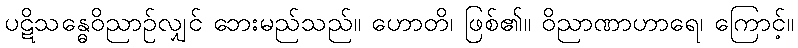
ပဋိသန္ဓေဝိညာဉ်လျှင် ဘေးမည်သည်။ ဟောတိ၊ ဖြစ်၏။ ဝိညာဏာဟာရေ၊ ကြောင့်။